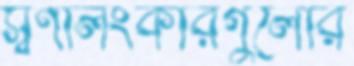
স্বর্ণালংকারগুলোর